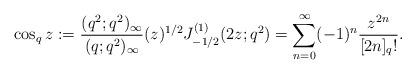
LaTeX: \begin{align*}\cos_q z &:=\frac{(q^2;q^2)_\infty}{(q;q^2)_\infty} (z)^{1/2} J^{(1)}_{-1/2} (2 z;q^2) = \sum_{n=0}^{\infty} (-1)^n \frac{z^{2n}}{[2n]_q!}.\end{align*}